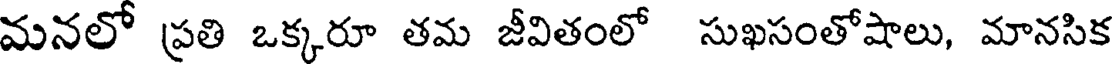
మనలో ప్రతి ఒక్కరూ తమ జీవితంలో సుఖసంతోషాలు, మానసిక